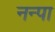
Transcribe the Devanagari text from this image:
नन्पा